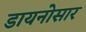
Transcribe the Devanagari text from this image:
डायनोसार